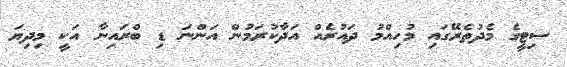
ސިޓީގެ މެދުތެރޭގައި މުހިއްމު ދައުރެއް އަދާކުރަމުން އަންނަ ޑި ބްރައިނާ އަކީ މިދިޔަ